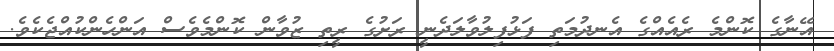
އޭނާގެ ކޮންމެ ރެއެއްގެ އެނދުމަތި ފަޅުފިލުވާލަދެނީ ރަށުގެ ރީތި ޒުވާން ކޮންމެވެސް އަންހެންކުއްޖެކެވެ.